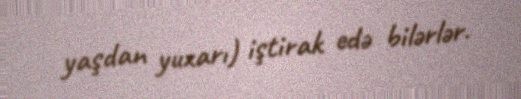
yaşdan yuxarı) iştirak edə bilərlər.